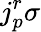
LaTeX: j_{p}^{r}\sigma